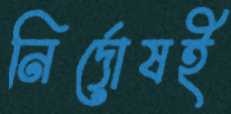
নির্দোষই